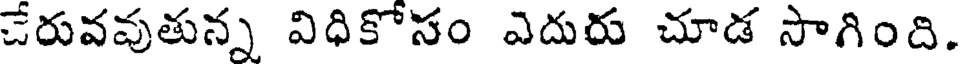
చేరువవుతున్న విధికోసం ఎదురు చూడ సాగింది.